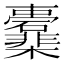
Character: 𣡖